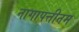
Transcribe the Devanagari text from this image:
नागापत्तीनम